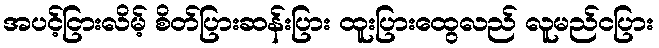
အပင့်ငြားလိမ့် စိတ်ပြားဆန်းပြား ထူးပြားထွေလည် လူမည်ငပြား